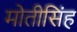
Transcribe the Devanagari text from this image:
मोतीसिंह